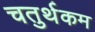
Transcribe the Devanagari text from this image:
चतुर्थकम